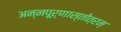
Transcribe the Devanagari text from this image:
अन्नपूर्णास्तोत्रम्